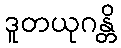
ဒူတယုဂန္တိ